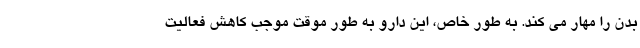
بدن را مهار می کند. به طور خاص، این دارو به طور موقت موجب کاهش فعالیت